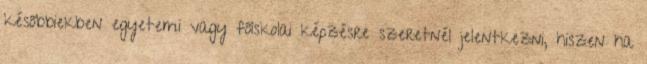
későbbiekben egyetemi vagy főiskolai képzésre szeretnél jelentkezni, hiszen ha